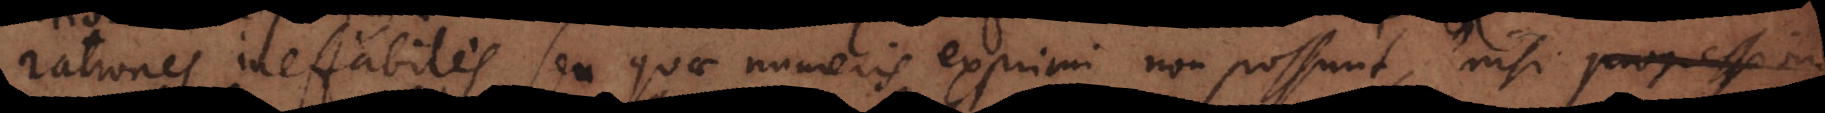
rationes ineffabiles seu quae numeris exprimi non possunt, nisi progress